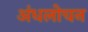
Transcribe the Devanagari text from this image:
अंधलोचन